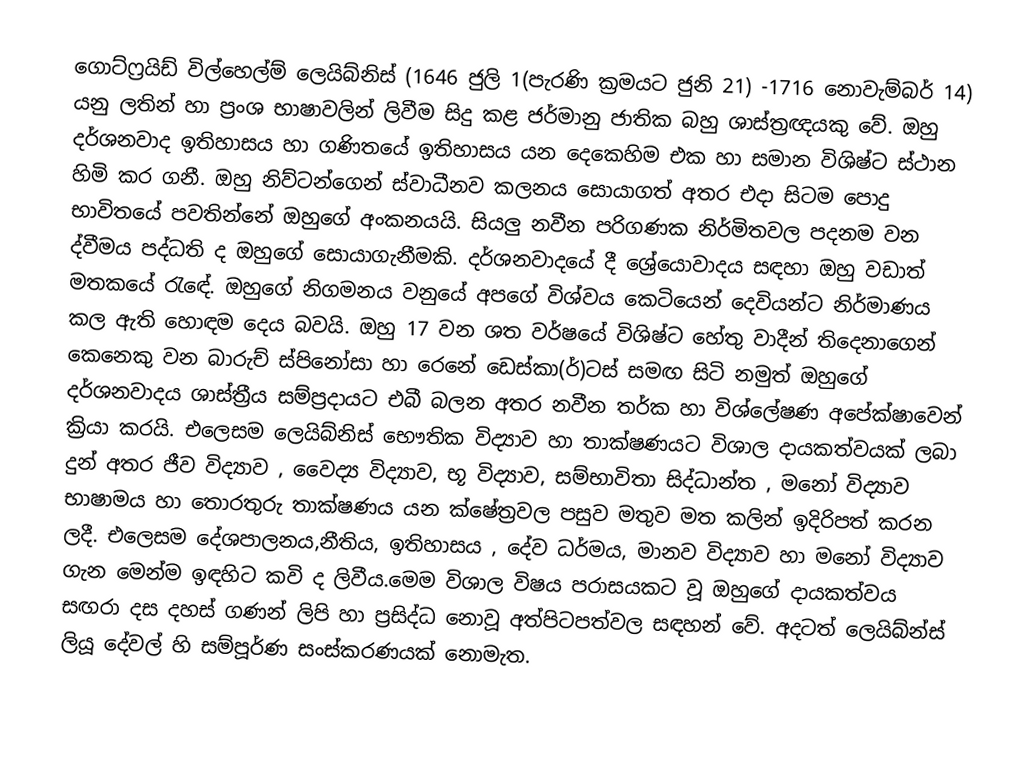
ගොට්ෆ්‍රයිඩ් විල්හෙල්ම් ලෙයිබ්නිස් (1646 ජුලි 1(පැරණි ක්‍රමයට ජුනි 21) -1716 නොවැම්බර් 14) යනු ලතින් හා ප්‍රංශ භාෂාවලින් ලිවීම සිදු කළ ජර්මානු ජාතික බහු ශාස්ත්‍රඥයකු වේ. ඔහු දර්ශනවාද ඉතිහාසය හා ගණිතයේ ඉතිහාසය යන දෙකෙහිම එක හා සමාන විශිෂ්ට ස්ථාන හිමි කර ගනී. ඔහු නිව්ටන්ගෙන් ස්වාධීනව කලනය සොයාගත් අතර එදා සිටම පොදු භාවිතයේ පවතින්නේ ඔහුගේ අංකනයයි. සියලු නවීන පරිගණක නිර්මිතවල පදනම වන ද්වීමය පද්ධති ද ඔහුගේ සොයාගැනීමකි. දර්ශනවාදයේ දී ශ්‍රේයොවාදය සඳහා ඔහු වඩාත් මතකයේ රැඳේ. ඔහුගේ නිගමනය වනුයේ අපගේ විශ්වය කෙටියෙන් දෙවියන්ට නිර්මාණය කල ඇති හොඳම දෙය බවයි. ඔහු 17 වන ශත වර්ෂයේ විශිෂ්ට හේතු වාදීන් තිදෙනාගෙන් කෙනෙකු වන බාරුච් ස්පිනෝසා හා රෙනේ ඩෙස්කා(ර්)ටස් සමඟ සිටි නමුත් ඔහුගේ දර්ශනවාදය ශාස්ත්‍රීය සම්ප්‍රදායට එබී බලන අතර නවීන තර්ක හා විශ්ලේෂණ අපේක්ෂාවෙන් ක්‍රියා කරයි. එලෙසම ලෙයිබ්නිස් භෞතික විද්‍යාව හා තාක්ෂණයට විශාල දායකත්වයක් ලබා දුන් අතර ජීව විද්‍යාව , වෛද්‍ය විද්‍යාව, භූ විද්‍යාව, සම්භාවිතා සිද්ධාන්ත , මනෝ විද්‍යාව භාෂාමය හා තොරතුරු තාක්ෂණය යන ක්ෂේත්‍රවල පසුව මතුව මත කලින් ඉදිරිපත් කරන ලදී. එලෙසම දේශපාලනය,නීතිය, ඉතිහාසය , දේව ධර්මය, මානව විද්‍යාව හා මනෝ විද්‍යාව ගැන මෙන්ම ඉඳහිට කවි ද ලිවීය.මෙම විශාල විෂය පරාසයකට වූ ඔහුගේ දායකත්වය සඟරා දස දහස් ගණන් ලිපි හා ප්‍රසිද්ධ නොවූ අත්පිටපත්වල සඳහන් වේ. අදටත් ලෙයිබ්න්ස් ලියූ දේවල් හි සම්පූර්ණ සංස්කරණයක් නොමැත.